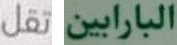
تقل البارابين